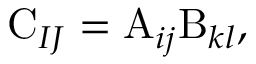
\mathrm { C } _ { I J } = \mathrm { A } _ { i j } \mathrm { B } _ { k l } ,